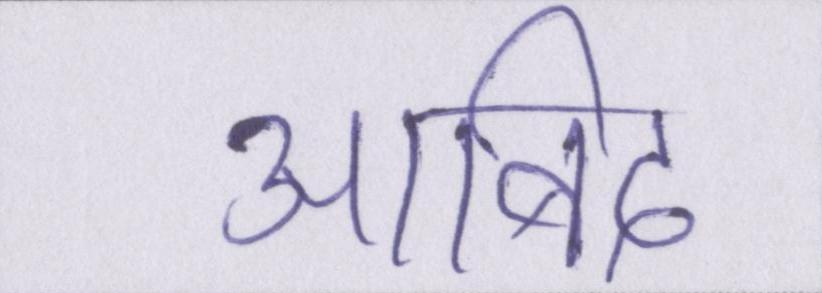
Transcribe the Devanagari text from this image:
आबिदा